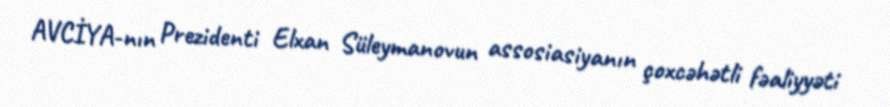
AVCİYA-nın Prezidenti Elxan Süleymanovun assosiasiyanın çoxcəhətli fəaliyyəti